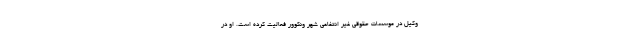
وکیل در موسسات حقوقی غیر انتفاعی شهر ونکوور فعالیت کرده است. او در